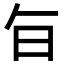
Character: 𭥍